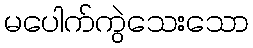
မပေါက်ကွဲသေးသော